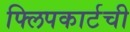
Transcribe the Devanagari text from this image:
फ्लिपकार्टची